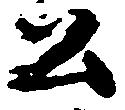
公